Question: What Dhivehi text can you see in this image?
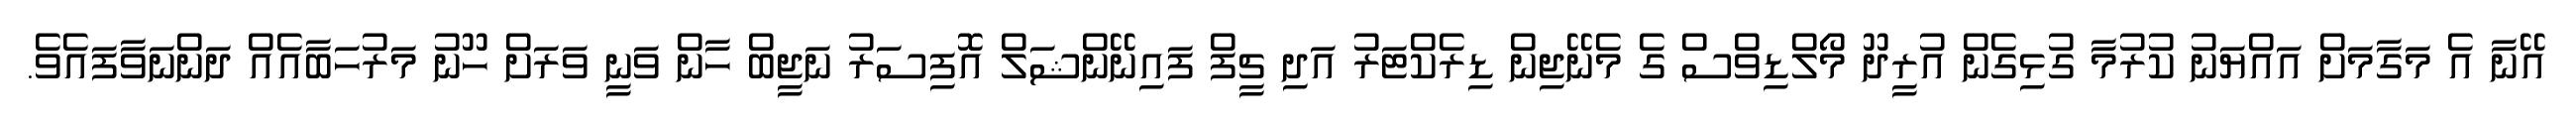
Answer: އޭނާ އެ މަގާމަށް އައްޔަނު ކުރުމާ ގުޅިގެން އުރީދޫ މޯލްޑިވްސް ގެ މެނޭޖިން ޑިރެކްޓަރު އަދި ޗީފް ފައިނޭންޝަލް އޮފިސަރު ނަޖީބް ހާން ވަނީ ވަރަށް ހޫނު މަރުހަބާއެއް ދަންނަވާފައެވެ.